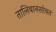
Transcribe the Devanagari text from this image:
तालिबानसोबत